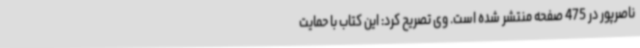
ناصرپور در 475 صفحه منتشر شده است. وی تصریح کرد: این کتاب با حمایت